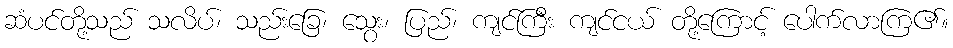
ဆံပင်တို့သည် သလိပ်၊ သည်းခြေ၊ သွေး၊ ပြည်၊ ကျင်ကြီး ကျင်ငယ် တို့ကြောင့် ပေါက်လာကြ၏။